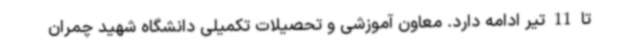
تا 11 تیر ادامه دارد. معاون آموزشی و تحصیلات تکمیلی دانشگاه شهید چمران